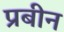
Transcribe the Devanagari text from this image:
प्रबीन